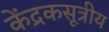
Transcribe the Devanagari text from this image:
केंद्रकसूत्रीय